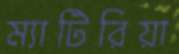
ম্যাটিরিয়া